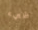
شيء